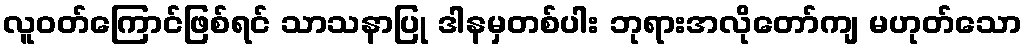
လူဝတ်ကြောင်ဖြစ်ရင် သာသနာပြု ဒါနမှတစ်ပါး ဘုရားအလိုတော်ကျ မဟုတ်သော